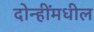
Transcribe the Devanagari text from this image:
दोन्हींमधील